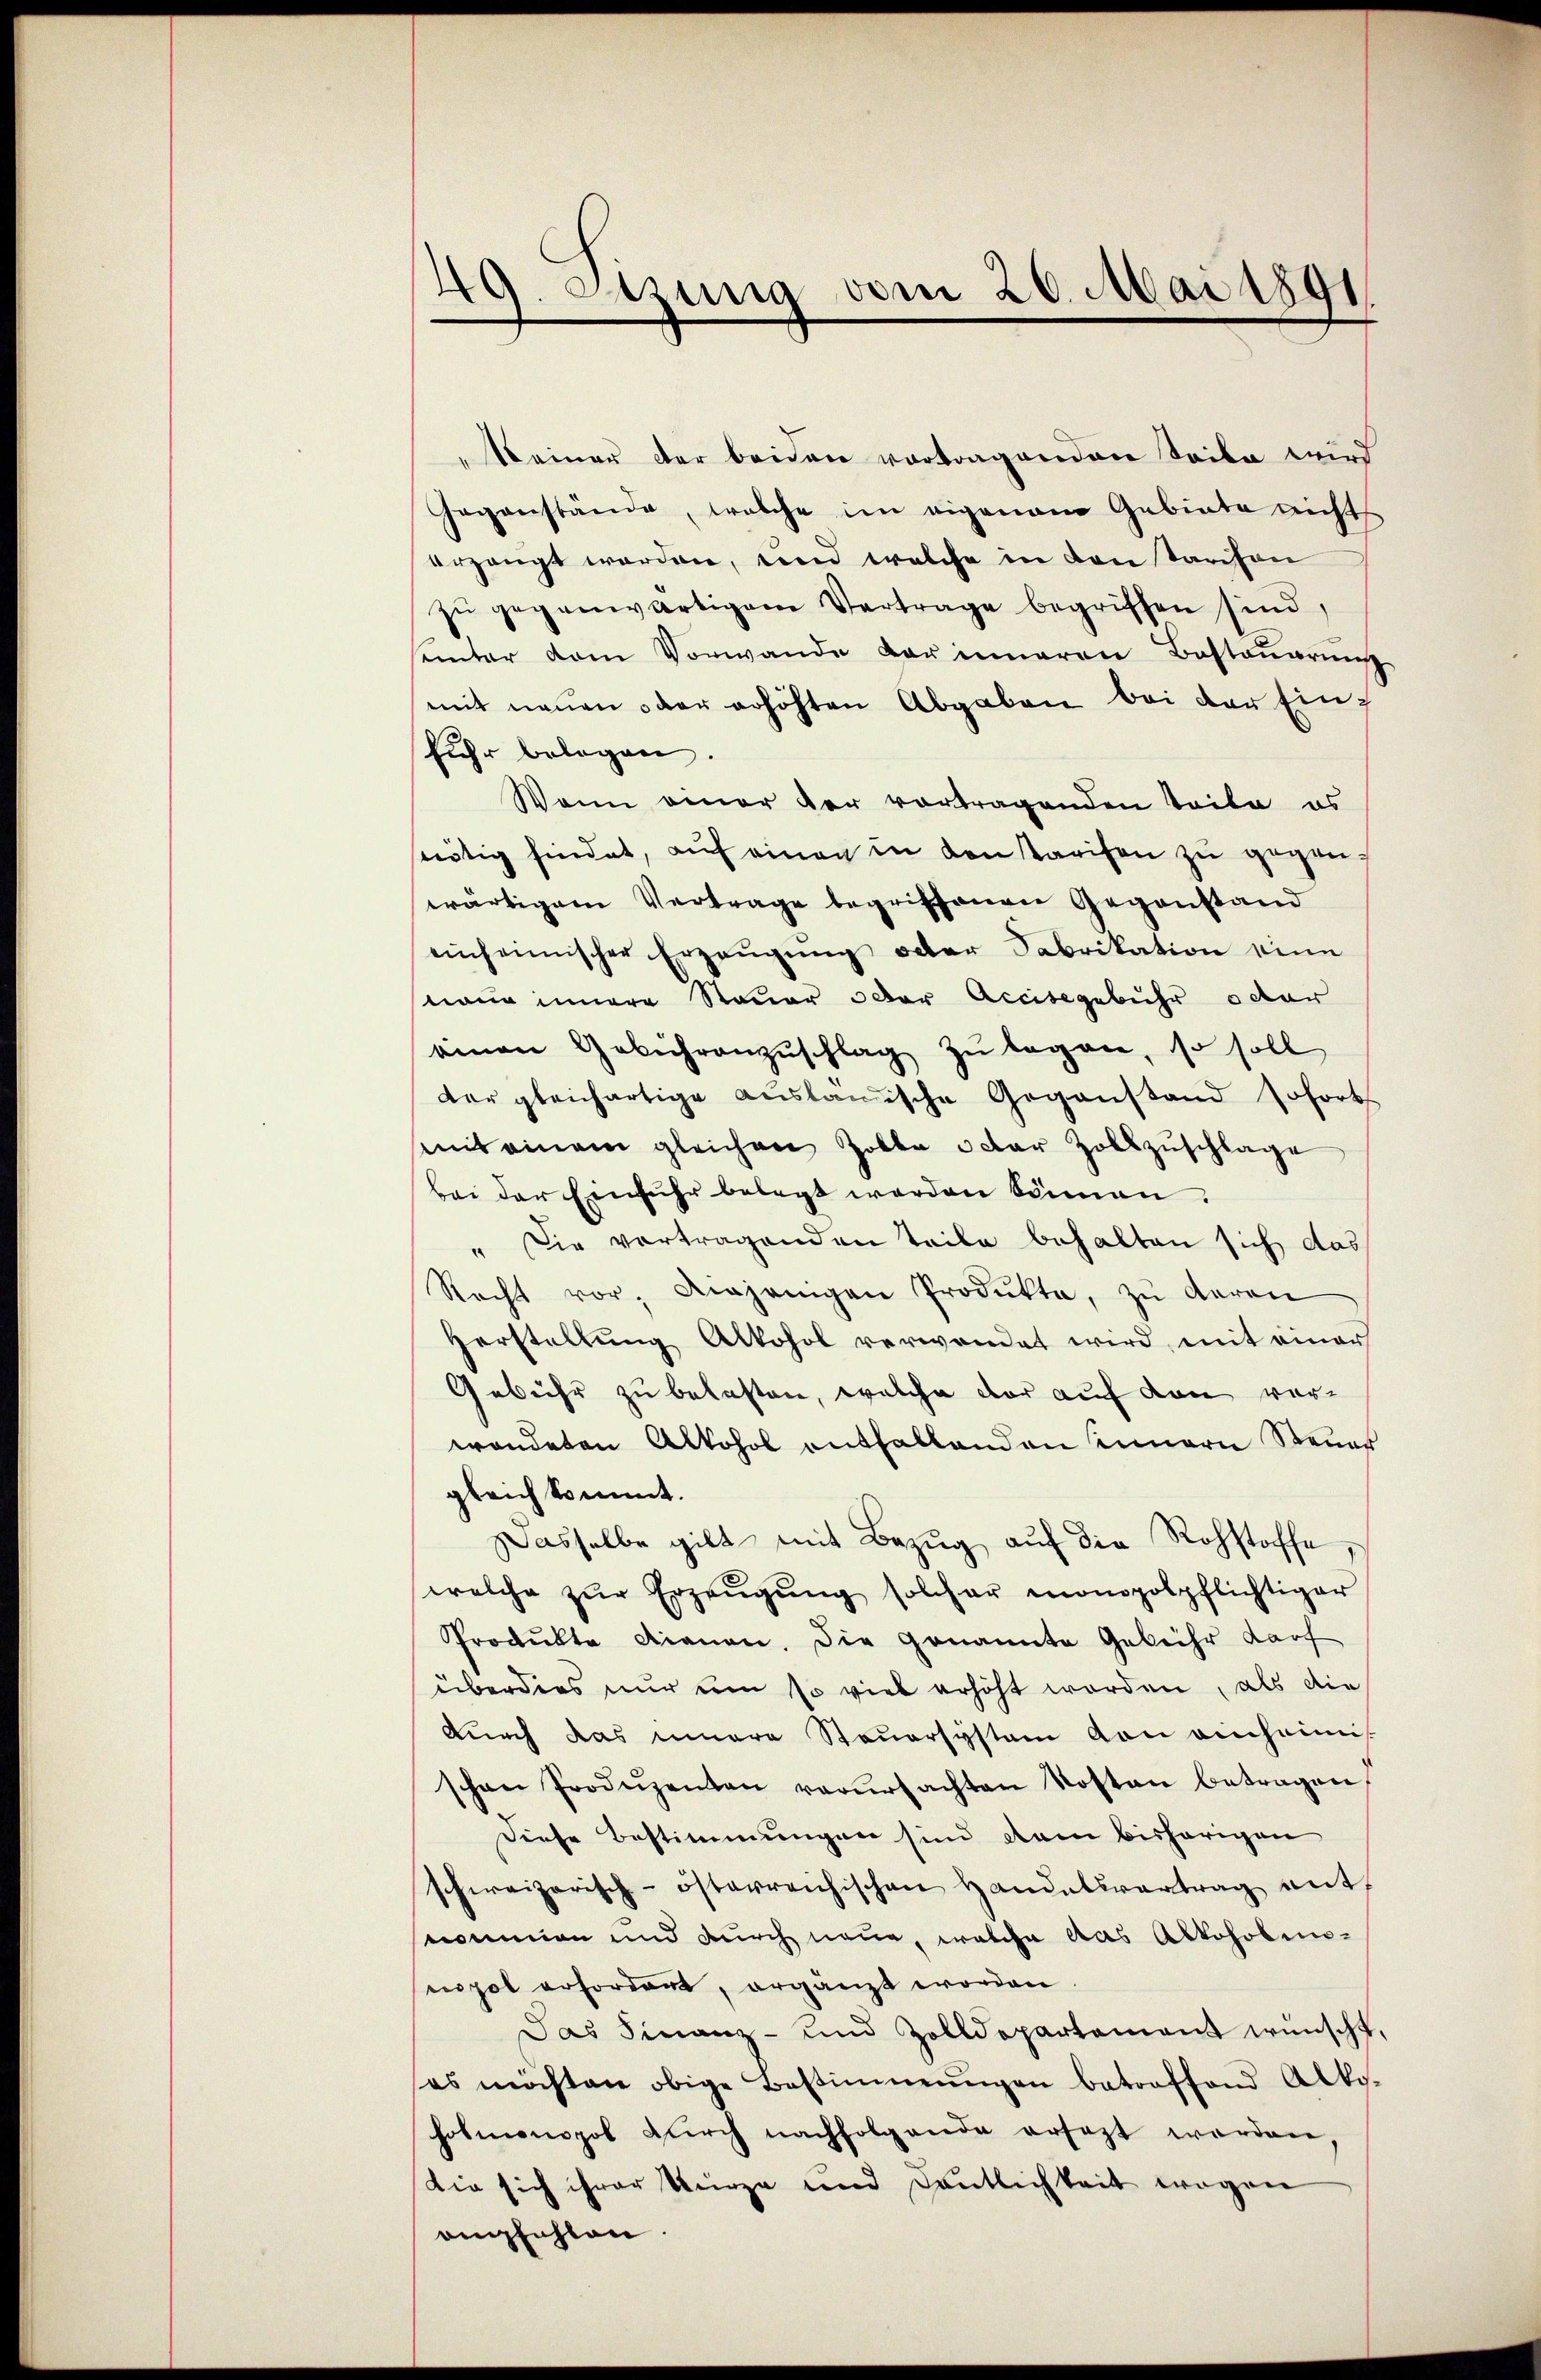
49. Sitzung vom 20. Mai 1891

„Keiner der beiden vortragenden Seite wird
Gegenstände, welche im eigenem Gebiete nicht
erzeugt werden, und welche in den starchon
zŭ gegenwärtigem Vertrage begriffen sind,
heinter dem Vorwande der inneren Besteŭerŭng
mit neuen oder erhöhten Abgaben bei der Einfuhr belegen.
Wenn einer der vortragenden Teile es
stätig findet, aŭf einen in den Tarifen zu gegenwärtigem Vertrage begriffenen Gegenstand
einheimischer Erzeŭgŭng oder Fabrikation eine
neur innere Steuer oder Accisgebühr octor
einen Gebührenzŭschlag zŭ legen, so soll
der gleichartige aŭslanische Gegenstand soforts
mit einem gleichen Zolle u dar Zollzŭschlage
bei der Einfuhr belegt werden können.
" Die vortragenden Teile behalten sich das
Recht vor, diejenigen Produkte, zŭ deren
Herstellŭng Alkohol verwendet wird, mit einer
Gebühr zu belasten, welche der auf den verwendeten Alkohol enthaltenden innern Steuer
gleich kommt.
Dasselbe gilt mit Bezug auf die Rohstoffe,
welche zŭr Erzeŭgŭng solcher monopolpflichtiger
Produkte dienen. Die genannte Gebühr darf
überdies nur um so viel erhöht worden, als die
durch das innere Steŭersystem von einheimi-
schon Produzenten verŭrsachten Kosten betragen
Diese Bestimmungen sind kam bisherigen
schweizerisch-österreichischen Handelsvertrag ant-
nommen und durch neue, welche das Alkoholenepol erfordent, ergänzt worden
Das Finanz- und Zolldepartement wünscht,
es möchten obige Bestimmungen betroffend Alko-
hofmonopol dŭrch nachfolgende ersezt werden,
Die sich ihrer Kurze und Deutlichkeit wegen
empfahlen.